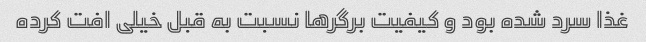
غذا سرد شده بود و کیفیت برگرها نسبت به قبل خیلی افت کرده